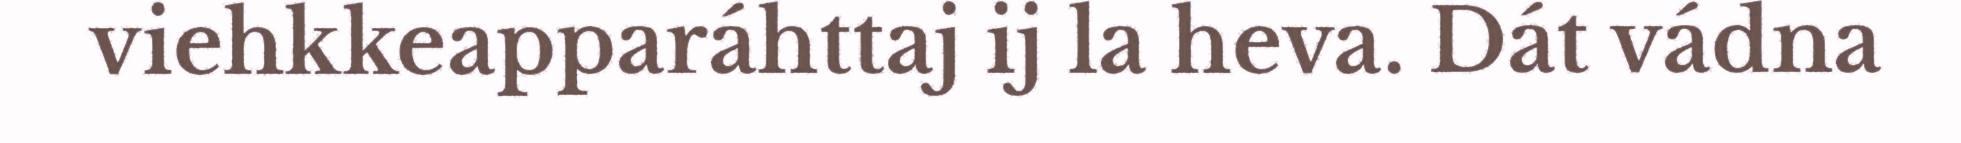
viehkkeapparáhttaj ij la heva. Dát vádna